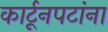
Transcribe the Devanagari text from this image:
कार्टूनपटांना